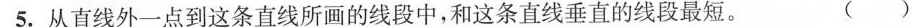
5. 从直线外一点到这条直线所画的线段中，和这条直线垂直的线段最短。 ( )